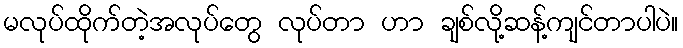
မလုပ်ထိုက်တဲ့အလုပ်တွေ လုပ်တာ ဟာ ချစ်လို့ဆန့်ကျင်တာပါပဲ။